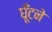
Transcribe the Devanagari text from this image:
घूँटने